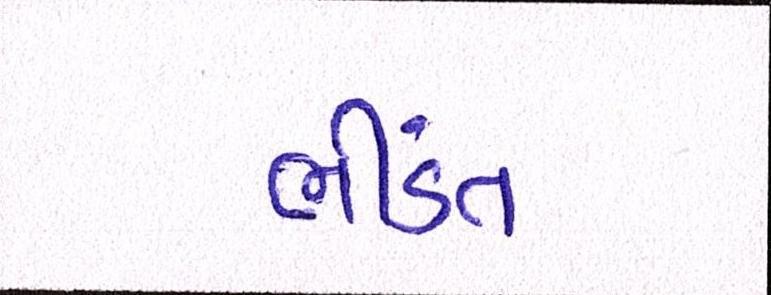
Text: ભીડંત